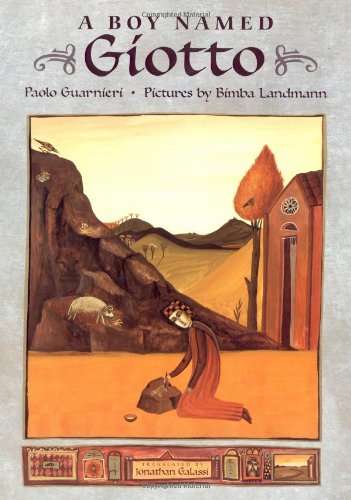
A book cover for A Boy Named Giotto; Paolo Guarnieri; Children's Books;